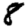
Digit: 8